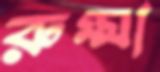
রুম্মা